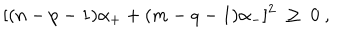
[ ( n - p - 1 ) \alpha _ { + } + ( m - q - 1 ) \alpha _ { - } ] ^ { 2 } \ \geq \ 0 \ ,